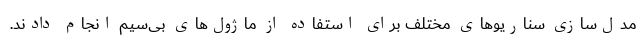
مدل‌سازی سناریوهای مختلف برای استفاده از ماژول‌های بی‌سیم انجام دادند.